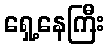
ရှေ့နေကြီး